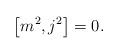
LaTeX: \begin{gather*}\big[m^{2},j^{2}\big]=0 .\end{gather*}